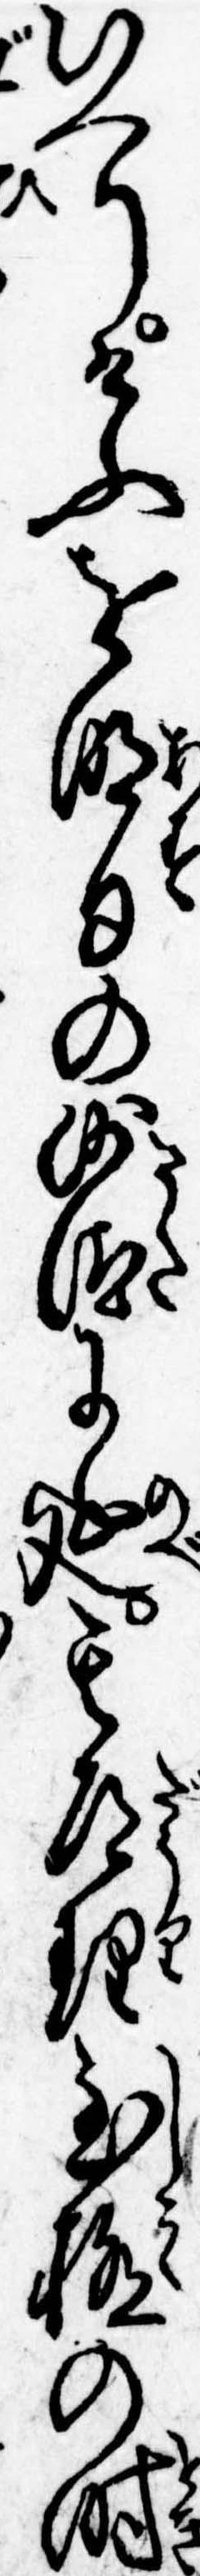
いへりけふを明日の沙汰に延其道理至極の時